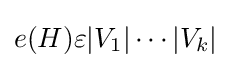
e(H)\varepsilon |V_{1}|\cdots |V_{k}|